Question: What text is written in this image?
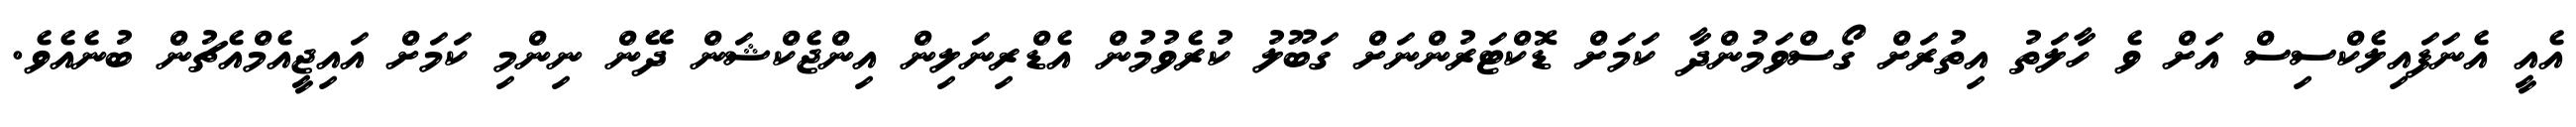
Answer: އެއީ އެނަފައިލެކްސިސް އަށް ވެ ހާލަތު އިތުރަށް ގޯސްވަމުންދާ ކަމަށް ޑޮކްޓަރުންނަށް ގަބޫލު ކުރެވުމުން އެޑްރިނަލިން އިންޖެކްޝަން ދޭން ނިންމި ކަމަށް އައިޖީއެމްއެޗުން ބުނެއެވެ.